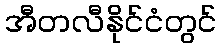
အီတလီနိုင်ငံတွင်